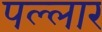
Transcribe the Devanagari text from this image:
पल्लार